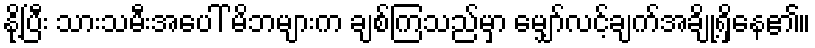
နို့ပြီး သားသမီးအပေါ် မိဘများက ချစ်ကြသည်မှာ မျှော်လင့်ချက်အချို့ရှိနေ၏။